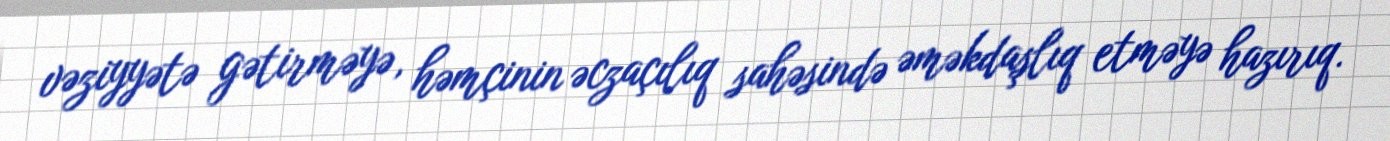
vəziyyətə gətirməyə, həmçinin əczaçılıq sahəsində əməkdaşlıq etməyə hazırıq.